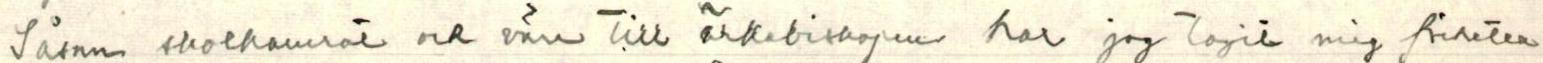
Sådan skolkamrat och vän till ärkebiskopen har jag tagit mig förheten